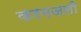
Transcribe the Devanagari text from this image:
करमजली